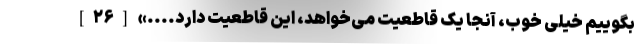
بگوییم خیلی خوب، آنجا یک قاطعیت می‌خواهد، این قاطعیت دارد....» [۲۶]